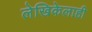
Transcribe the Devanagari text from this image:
लेखिकेलाही